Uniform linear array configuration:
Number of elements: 4
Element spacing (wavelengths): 0.5
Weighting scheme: cosine
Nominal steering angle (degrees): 60
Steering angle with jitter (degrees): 61.519
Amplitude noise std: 0.05
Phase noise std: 0.05

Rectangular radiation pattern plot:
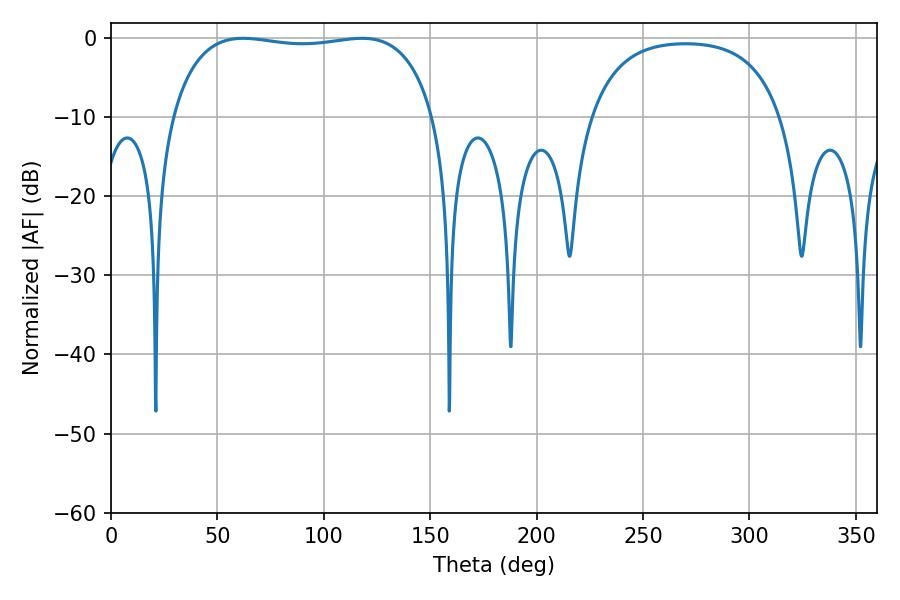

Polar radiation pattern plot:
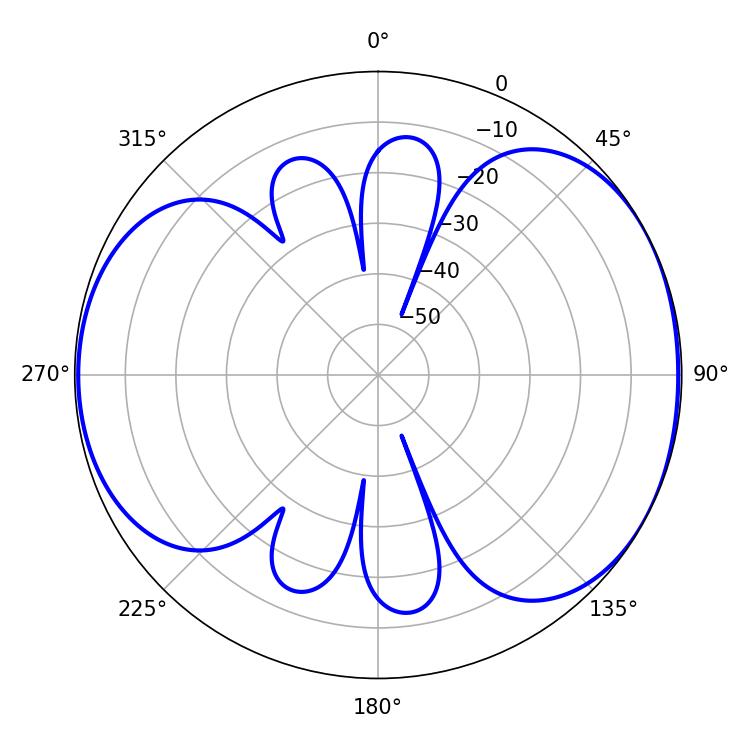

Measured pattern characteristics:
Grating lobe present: FALSE
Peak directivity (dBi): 5.41
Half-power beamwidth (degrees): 99
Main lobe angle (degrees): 62.1